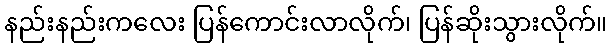
နည်းနည်းကလေး ပြန်ကောင်းလာလိုက်၊ ပြန်ဆိုးသွားလိုက်။